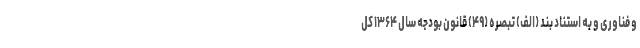
و فناوری و به استناد بند (الف) تبصره (۴۹) قانون بودجه سال ۱۳۶۴ کل